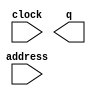
// megafunction wizard: %ROM: 1-PORT%VBB%
// GENERATION: STANDARD
// VERSION: WM1.0
// MODULE: altsyncram 

// ============================================================
// Megafunction Name(s):
// 			altsyncram
//
// Simulation Library Files(s):
// 			altera_mf
// ============================================================
// ************************************************************
// THIS IS A WIZARD-GENERATED FILE. DO NOT EDIT THIS FILE!
//
// 20.1.0 Build 711 06/05/2020 SJ Lite Edition
// ************************************************************

//Copyright (C) 2020  Intel Corporation. All rights reserved.
//Your use of Intel Corporation's design tools, logic functions 
//and other software and tools, and any partner logic 
//functions, and any output files from any of the foregoing 
//(including device programming or simulation files), and any 
//associated documentation or information are expressly subject 
//to the terms and conditions of the Intel Program License 
//Subscription Agreement, the Intel Quartus Prime License Agreement,
//the Intel FPGA IP License Agreement, or other applicable license
//agreement, including, without limitation, that your use is for
//the sole purpose of programming logic devices manufactured by
//Intel and sold by Intel or its authorized distributors.  Please
//refer to the applicable agreement for further details, at
//https://fpgasoftware.intel.com/eula.

module ROM (
	address,
	clock,
	q);

	input	[7:0]  address;
	input	  clock;
	output	[7:0]  q;
`ifndef ALTERA_RESERVED_QIS
// synopsys translate_off
`endif
	tri1	  clock;
`ifndef ALTERA_RESERVED_QIS
// synopsys translate_on
`endif

endmodule

// ============================================================
// CNX file retrieval info
// ============================================================
// Retrieval info: PRIVATE: ADDRESSSTALL_A NUMERIC "0"
// Retrieval info: PRIVATE: AclrAddr NUMERIC "0"
// Retrieval info: PRIVATE: AclrByte NUMERIC "0"
// Retrieval info: PRIVATE: AclrOutput NUMERIC "0"
// Retrieval info: PRIVATE: BYTE_ENABLE NUMERIC "0"
// Retrieval info: PRIVATE: BYTE_SIZE NUMERIC "8"
// Retrieval info: PRIVATE: BlankMemory NUMERIC "0"
// Retrieval info: PRIVATE: CLOCK_ENABLE_INPUT_A NUMERIC "0"
// Retrieval info: PRIVATE: CLOCK_ENABLE_OUTPUT_A NUMERIC "0"
// Retrieval info: PRIVATE: Clken NUMERIC "0"
// Retrieval info: PRIVATE: IMPLEMENT_IN_LES NUMERIC "0"
// Retrieval info: PRIVATE: INIT_FILE_LAYOUT STRING "PORT_A"
// Retrieval info: PRIVATE: INIT_TO_SIM_X NUMERIC "0"
// Retrieval info: PRIVATE: INTENDED_DEVICE_FAMILY STRING "Cyclone IV E"
// Retrieval info: PRIVATE: JTAG_ENABLED NUMERIC "0"
// Retrieval info: PRIVATE: JTAG_ID STRING "NONE"
// Retrieval info: PRIVATE: MAXIMUM_DEPTH NUMERIC "0"
// Retrieval info: PRIVATE: MIFfilename STRING "sine.mif"
// Retrieval info: PRIVATE: NUMWORDS_A NUMERIC "256"
// Retrieval info: PRIVATE: RAM_BLOCK_TYPE NUMERIC "0"
// Retrieval info: PRIVATE: RegAddr NUMERIC "1"
// Retrieval info: PRIVATE: RegOutput NUMERIC "1"
// Retrieval info: PRIVATE: SYNTH_WRAPPER_GEN_POSTFIX STRING "0"
// Retrieval info: PRIVATE: SingleClock NUMERIC "1"
// Retrieval info: PRIVATE: UseDQRAM NUMERIC "0"
// Retrieval info: PRIVATE: WidthAddr NUMERIC "8"
// Retrieval info: PRIVATE: WidthData NUMERIC "8"
// Retrieval info: PRIVATE: rden NUMERIC "0"
// Retrieval info: LIBRARY: altera_mf altera_mf.altera_mf_components.all
// Retrieval info: CONSTANT: ADDRESS_ACLR_A STRING "NONE"
// Retrieval info: CONSTANT: CLOCK_ENABLE_INPUT_A STRING "BYPASS"
// Retrieval info: CONSTANT: CLOCK_ENABLE_OUTPUT_A STRING "BYPASS"
// Retrieval info: CONSTANT: INIT_FILE STRING "sine.mif"
// Retrieval info: CONSTANT: INTENDED_DEVICE_FAMILY STRING "Cyclone IV E"
// Retrieval info: CONSTANT: LPM_HINT STRING "ENABLE_RUNTIME_MOD=NO"
// Retrieval info: CONSTANT: LPM_TYPE STRING "altsyncram"
// Retrieval info: CONSTANT: NUMWORDS_A NUMERIC "256"
// Retrieval info: CONSTANT: OPERATION_MODE STRING "ROM"
// Retrieval info: CONSTANT: OUTDATA_ACLR_A STRING "NONE"
// Retrieval info: CONSTANT: OUTDATA_REG_A STRING "CLOCK0"
// Retrieval info: CONSTANT: WIDTHAD_A NUMERIC "8"
// Retrieval info: CONSTANT: WIDTH_A NUMERIC "8"
// Retrieval info: CONSTANT: WIDTH_BYTEENA_A NUMERIC "1"
// Retrieval info: USED_PORT: address 0 0 8 0 INPUT NODEFVAL "address[7..0]"
// Retrieval info: USED_PORT: clock 0 0 0 0 INPUT VCC "clock"
// Retrieval info: USED_PORT: q 0 0 8 0 OUTPUT NODEFVAL "q[7..0]"
// Retrieval info: CONNECT: @address_a 0 0 8 0 address 0 0 8 0
// Retrieval info: CONNECT: @clock0 0 0 0 0 clock 0 0 0 0
// Retrieval info: CONNECT: q 0 0 8 0 @q_a 0 0 8 0
// Retrieval info: GEN_FILE: TYPE_NORMAL ROM.v TRUE
// Retrieval info: GEN_FILE: TYPE_NORMAL ROM.inc FALSE
// Retrieval info: GEN_FILE: TYPE_NORMAL ROM.cmp FALSE
// Retrieval info: GEN_FILE: TYPE_NORMAL ROM.bsf TRUE
// Retrieval info: GEN_FILE: TYPE_NORMAL ROM_inst.v FALSE
// Retrieval info: GEN_FILE: TYPE_NORMAL ROM_bb.v TRUE
// Retrieval info: LIB_FILE: altera_mf